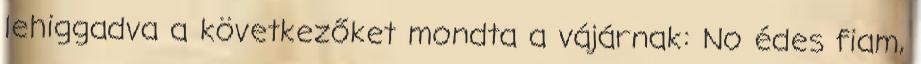
lehiggadva a következőket mondta a vájárnak: No édes fiam,